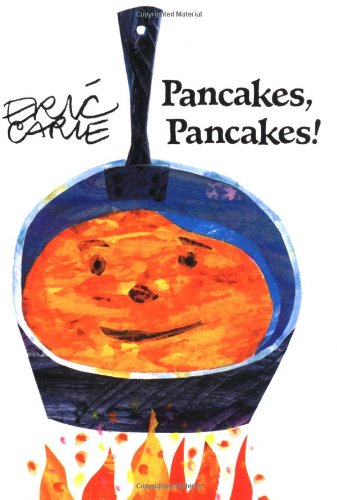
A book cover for Pancakes, Pancakes!; Eric Carle; Children's Books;